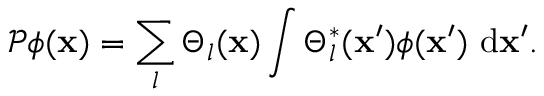
{ \mathcal P } \phi ( { \bf x } ) = \sum _ { l } { \Theta _ { l } ( { \bf x } ) \int { \Theta _ { l } ^ { * } ( { \bf x } ^ { \prime } ) \phi ( { \bf x } ^ { \prime } ) \ \mathrm { d } { \bf x } ^ { \prime } } } .